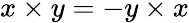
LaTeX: x\times y=-y\times x